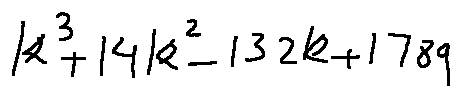
k ^ { 3 } + 1 4 k ^ { 2 } - 1 3 2 k + 1 7 8 9